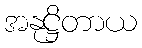
အနုဋ္ဌိတာယ